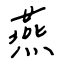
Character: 燕